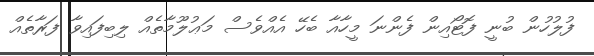
ފުލުހުން ބުނީ ފޮޓޯއިން ފެންނަ މީހާއާ ބެހޭ އެއްވެސް މަޢުލޫމާތެއް ލިބިފައިވާ ފަރާތެއް